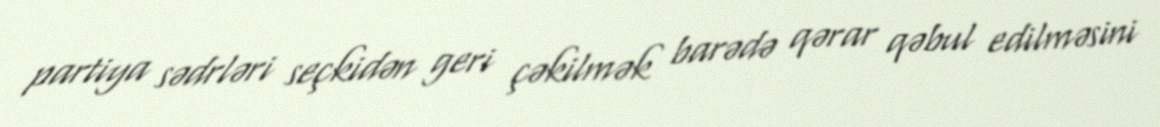
partiya sədrləri seçkidən geri çəkilmək barədə qərar qəbul edilməsini